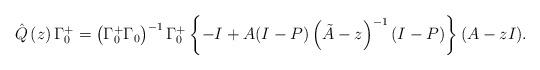
LaTeX: \begin{align*}\hat{Q}\left( z \right)\Gamma_{0}^{+}=\left( \Gamma_{0}^{+}\Gamma_{0} \right)^{-1}\Gamma_{0}^{+}\left\{ -I+A(I-P)\left( \tilde{A}-z \right)^{-1}(I-P) \right\}(A-zI).\end{align*}